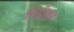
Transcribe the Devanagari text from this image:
जिद्दीतून